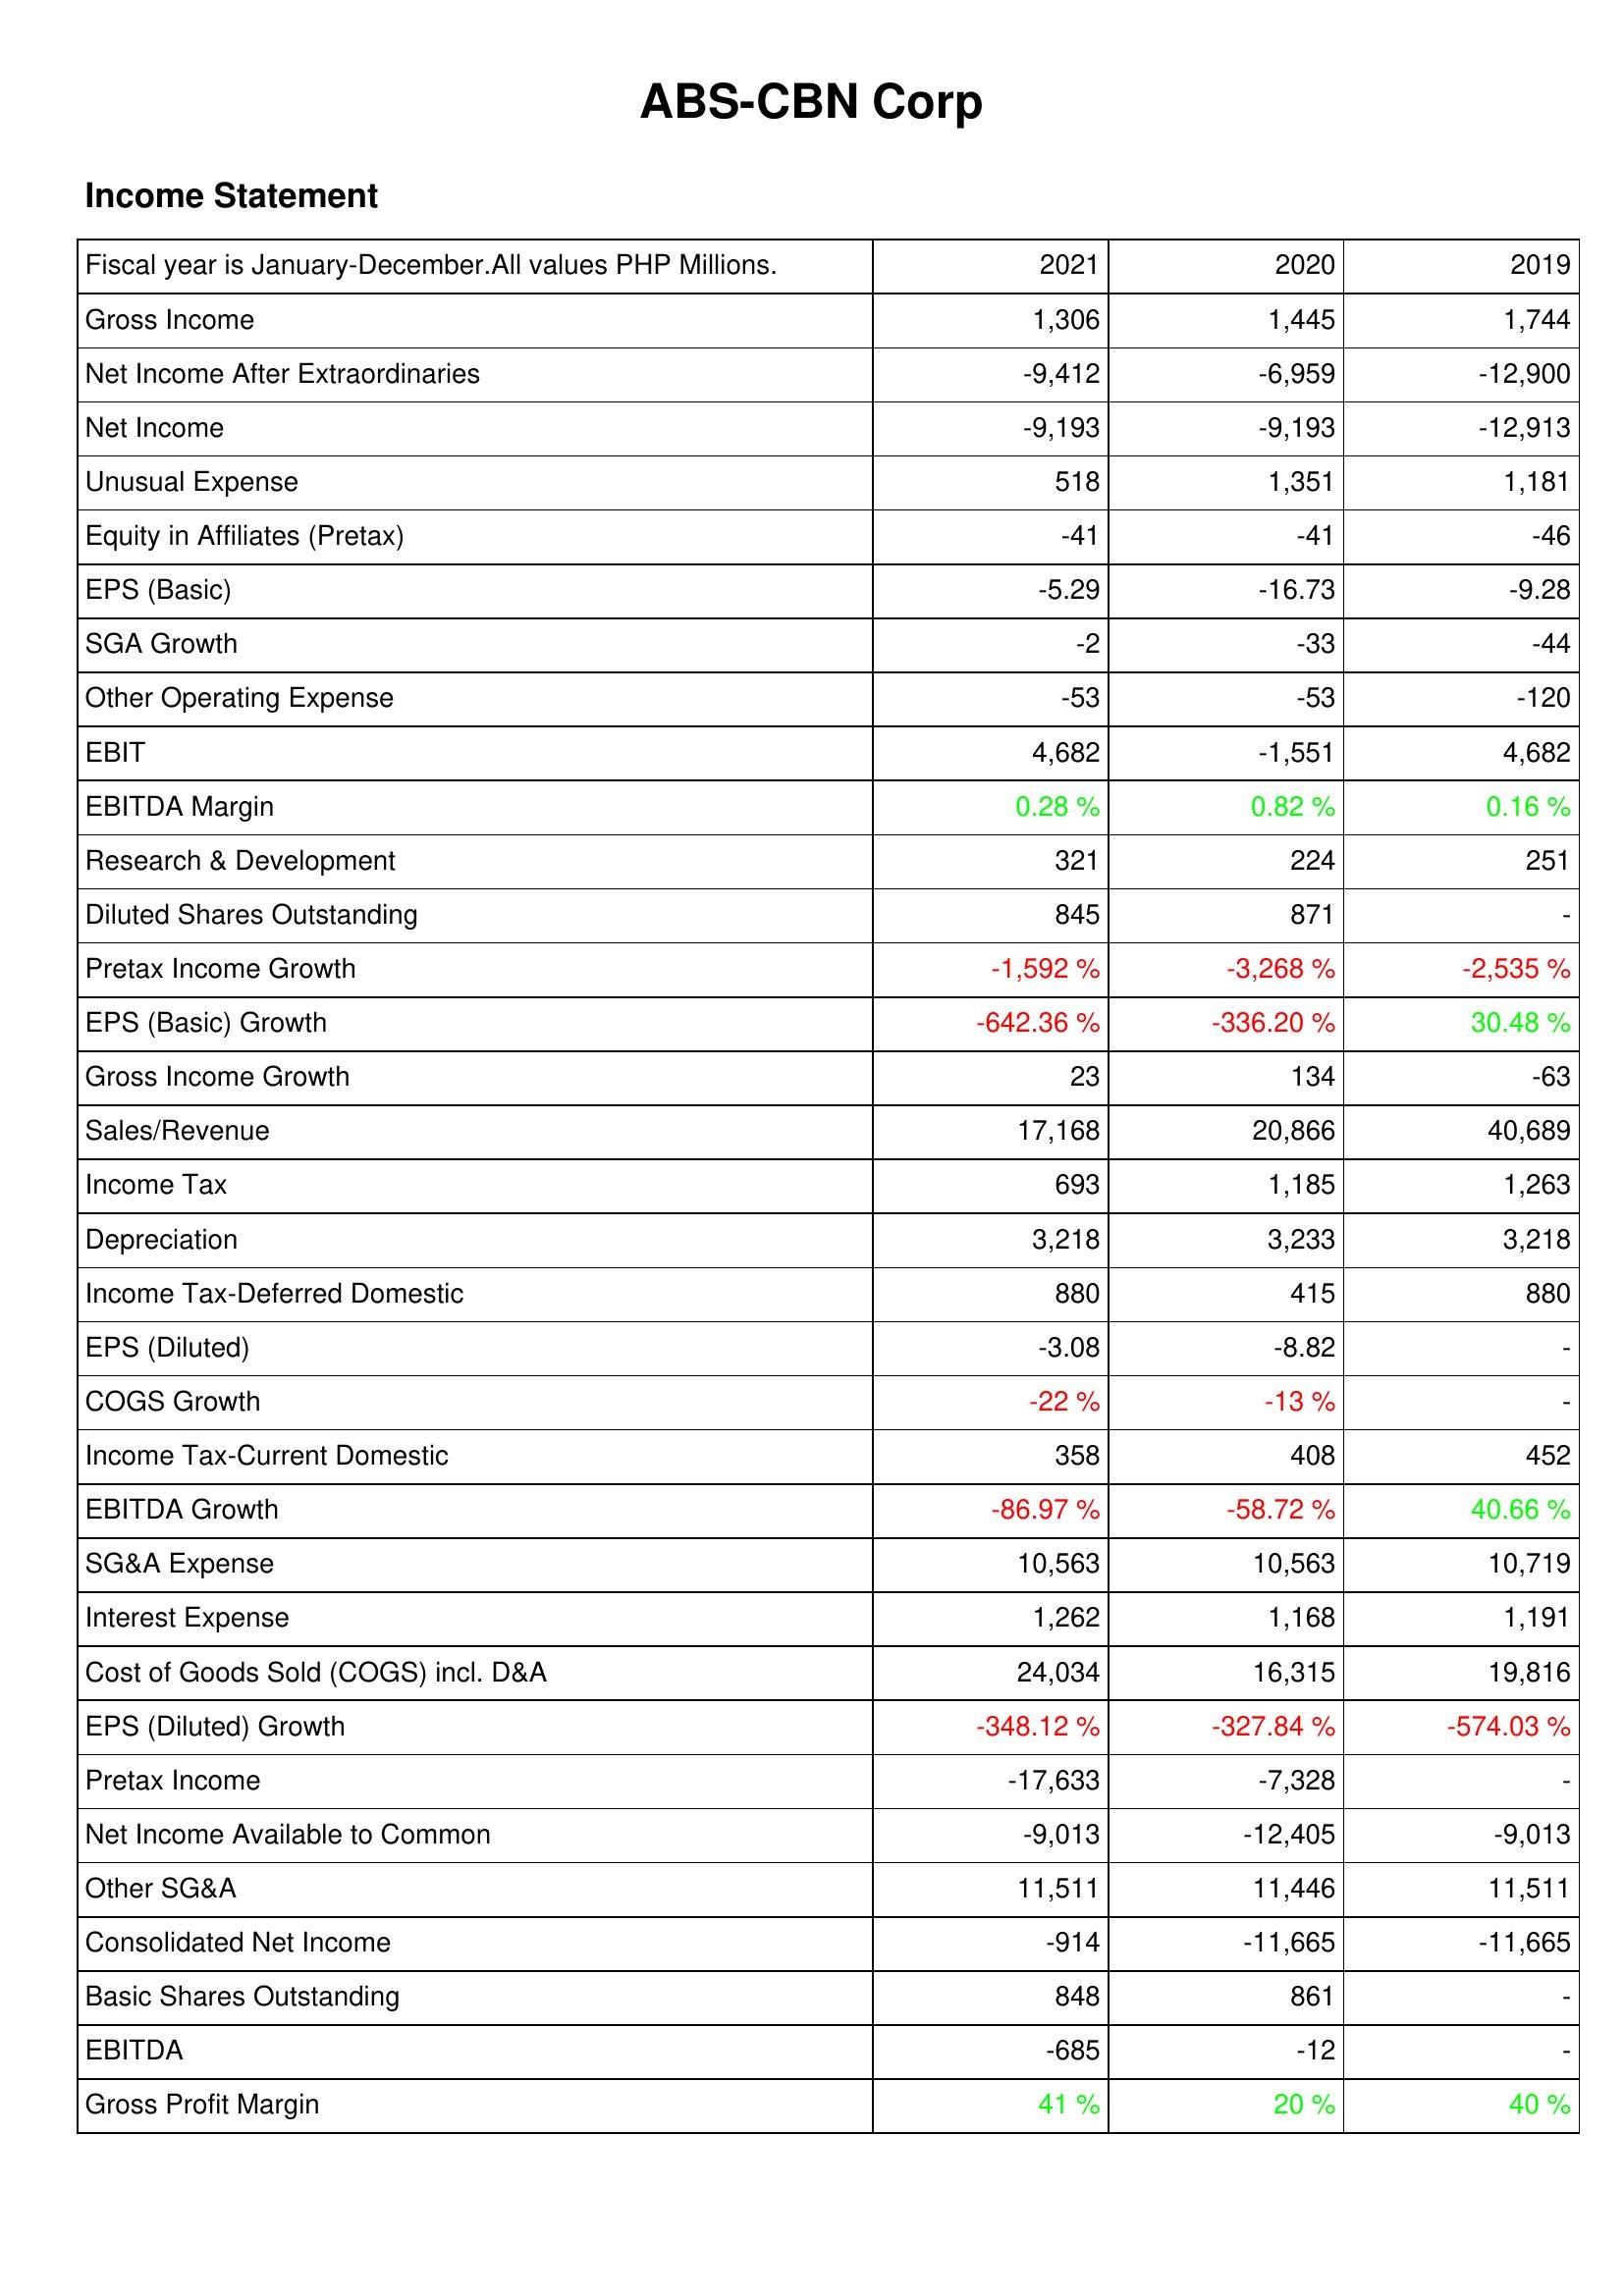
2021: Income Statement: Gross Income: 1,306
Net Income After Extraordinaries: -9,412
Net Income: -9,193
Unusual Expense: 518
Equity in Affiliates (Pretax): -41
EPS (Basic): -5.29
SGA Growth: -2
Other Operating Expense: -53
EBIT: 4,682
EBITDA Margin: 0.28 %
Research & Development: 321
Diluted Shares Outstanding: 845
Pretax Income Growth: -1,592 %
EPS (Basic) Growth: -642.36 %
Gross Income Growth: 23
Sales/Revenue: 17,168
Income Tax: 693
Depreciation: 3,218
Income Tax-Deferred Domestic: 880
EPS (Diluted): -3.08
COGS Growth: -22 %
Income Tax-Current Domestic: 358
EBITDA Growth: -86.97 %
SG&A Expense: 10,563
Interest Expense: 1,262
Cost of Goods Sold (COGS) incl. D&A: 24,034
EPS (Diluted) Growth: -348.12 %
Pretax Income: -17,633
Net Income Available to Common: -9,013
Other SG&A: 11,511
Consolidated Net Income: -914
Basic Shares Outstanding: 848
EBITDA: -685
Gross Profit Margin: 41 %
2020: Income Statement: Gross Income: 1,445
Net Income After Extraordinaries: -6,959
Net Income: -9,193
Unusual Expense: 1,351
Equity in Affiliates (Pretax): -41
EPS (Basic): -16.73
SGA Growth: -33
Other Operating Expense: -53
EBIT: -1,551
EBITDA Margin: 0.82 %
Research & Development: 224
Diluted Shares Outstanding: 871
Pretax Income Growth: -3,268 %
EPS (Basic) Growth: -336.20 %
Gross Income Growth: 134
Sales/Revenue: 20,866
Income Tax: 1,185
Depreciation: 3,233
Income Tax-Deferred Domestic: 415
EPS (Diluted): -8.82
COGS Growth: -13 %
Income Tax-Current Domestic: 408
EBITDA Growth: -58.72 %
SG&A Expense: 10,563
Interest Expense: 1,168
Cost of Goods Sold (COGS) incl. D&A: 16,315
EPS (Diluted) Growth: -327.84 %
Pretax Income: -7,328
Net Income Available to Common: -12,405
Other SG&A: 11,446
Consolidated Net Income: -11,665
Basic Shares Outstanding: 861
EBITDA: -12
Gross Profit Margin: 20 %
2019: Income Statement: Gross Income: 1,744
Net Income After Extraordinaries: -12,900
Net Income: -12,913
Unusual Expense: 1,181
Equity in Affiliates (Pretax): -46
EPS (Basic): -9.28
SGA Growth: -44
Other Operating Expense: -120
EBIT: 4,682
EBITDA Margin: 0.16 %
Research & Development: 251
Diluted Shares Outstanding: -
Pretax Income Growth: -2,535 %
EPS (Basic) Growth: 30.48 %
Gross Income Growth: -63
Sales/Revenue: 40,689
Income Tax: 1,263
Depreciation: 3,218
Income Tax-Deferred Domestic: 880
EPS (Diluted): -
COGS Growth: -
Income Tax-Current Domestic: 452
EBITDA Growth: 40.66 %
SG&A Expense: 10,719
Interest Expense: 1,191
Cost of Goods Sold (COGS) incl. D&A: 19,816
EPS (Diluted) Growth: -574.03 %
Pretax Income: -
Net Income Available to Common: -9,013
Other SG&A: 11,511
Consolidated Net Income: -11,665
Basic Shares Outstanding: -
EBITDA: -
Gross Profit Margin: 40 %